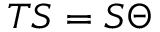
T S = S \Theta